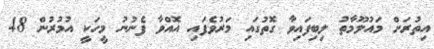
އިތުރަށް މައުލޫމާތު ލިބިފައިވާ ގޮތުގައި މަރުވެފައި އޮއްވާ ފެނުނު މީހަކީ އުމުރުން 48